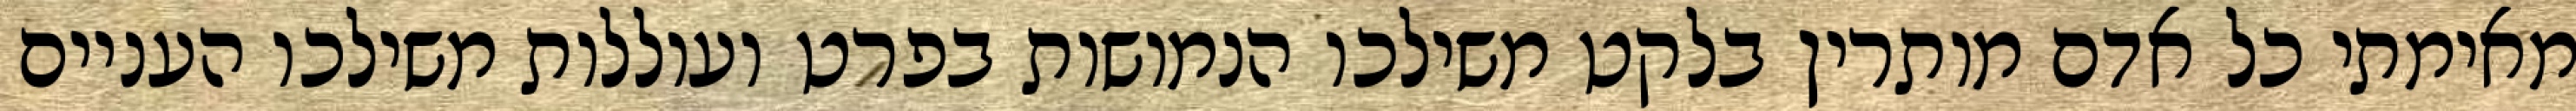
מאימתי כל אדם מותרין בלקט משילכו הנמושות בפרט ועוללות משילכו העניים